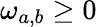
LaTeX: \omega_{a,b}\geq 0